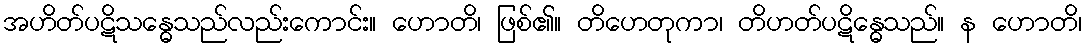
အဟိတ်ပဋိသန္ဓေသည်လည်းကောင်း။ ဟောတိ၊ ဖြစ်၏။ တိဟေတုကာ၊ တိဟတ်ပဋိန္ဓေသည်။ န ဟောတိ၊